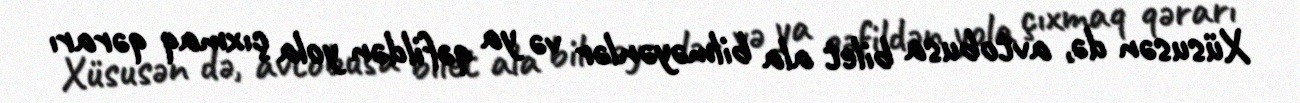
Xüsusən də, avtobusa bilet ala bilməyənlər və ya qəfildən yola çıxmaq qərarı